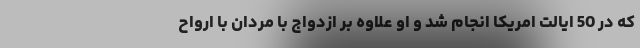
که در 50 ایالت امریکا انجام شد و او علاوه بر ازدواج با مردان با ارواح